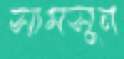
সামসুন